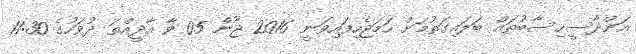
އަންދާސީހިސާބުތައް ބަލައިގަތުމަށް ހަމަޖެހިފައިވަނީ 2016 ޖޫން 05 ވާ އާދީއްތަ ދުވަހުގެ 11:30